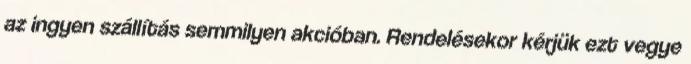
az ingyen szállítás semmilyen akcióban. Rendelésekor kérjük ezt vegye